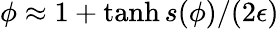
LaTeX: \phi\approx 1+\operatorname{tanh}{s(\phi)/(2\epsilon)}